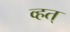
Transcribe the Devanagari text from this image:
व्हत्